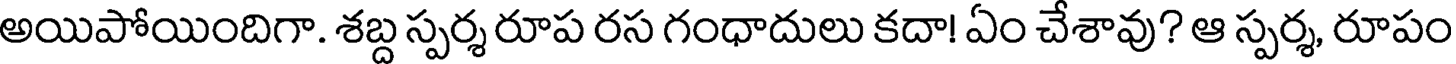
అయిపోయిందిగా. శబ్ద స్పర్శ రూప రస గంధాదులు కదా! ఏం చేశావు? ఆ స్పర్శ, రూపం